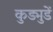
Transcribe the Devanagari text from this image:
कुड्मुडें